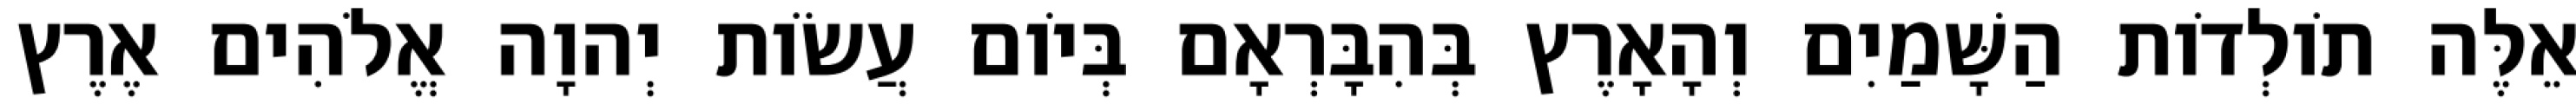
אֵלֶּה תֹולְדֹות הַשָּׁמַיִם וְהָאָרֶץ בְּהִבָּרְאָם בְּיֹום עֲשֹׂות יְהוָה אֱלֹהִים אֶרֶץ